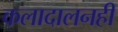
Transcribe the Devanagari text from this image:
कलादालनही